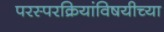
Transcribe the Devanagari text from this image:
परस्परक्रियांविषयीच्या